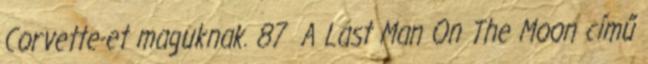
Corvette-et maguknak. 87 A Last Man On The Moon című